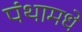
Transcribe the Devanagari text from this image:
पंथामधे